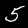
Label: 5